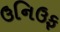
ઉનિઉફ